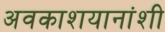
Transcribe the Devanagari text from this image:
अवकाशयानांशी